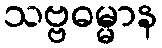
သဗ္ဗဓမ္မာန